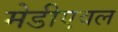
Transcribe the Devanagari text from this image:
मेडीएवल